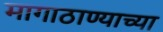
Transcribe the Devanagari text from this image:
मागाठाण्याच्या